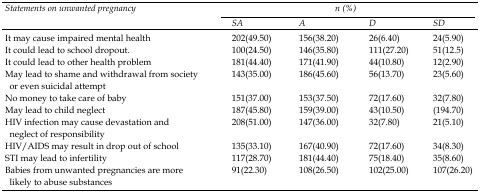
| <ROWSPAN=2> Statements on unwanted pregnancy | <COLSPAN=4> n (%) |
 | SA | A | D | SD |
 | --- | --- | --- | --- | --- |
 | It may cause impaired mental health | 202(49.50) | 156(38.20) | 26(6.40) | 24(5.90) |
 | It could lead to school dropout. | 100(24.50) | 146(35.80) | 111(27.20) | 51(12.5) |
 | It could lead to other health problem | 181(44.40) | 171(41.90) | 44(10.80) | 12(2.90) |
 | May lead to shame and withdrawal from society or even suicidal attempt | 143(35.00) | 186(45.60) | 56(13.70) | 23(5.60) |
 | No money to take care of baby | 151(37.00) | 153(37.50) | 72(17.60) | 32(7.80) |
 | May lead to child neglect | 187(45.80) | 159(39.00) | 43(10.50) | (194.70) |
 | HIV infection may cause devastation and neglect of responsibility | 208(51.00) | 147(36.00) | 32(7.80) | 21(5.10) |
 | HIV/AIDS may result in drop out of school | 135(33.10) | 167(40.90) | 72(17.60) | 34(8.30) |
 | STI may lead to infertility | 117(28.70) | 181(44.40) | 75(18.40) | 35(8.60) |
 | Babies from unwanted pregnancies are more likely to abuse substances | 91(22.30) | 108(26.50) | 102(25.00) | 107(26.20) |